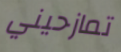
تمازحيني